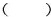
()